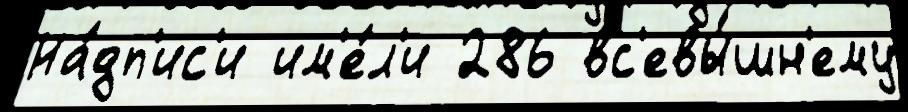
На́дп'ис'и им'е́л'и 286 вс'евы́шн'ему